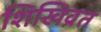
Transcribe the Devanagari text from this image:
शिखिव्रत